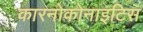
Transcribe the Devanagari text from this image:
कारनोकोनाइटिस